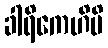
ခါရိကေဟိပိ